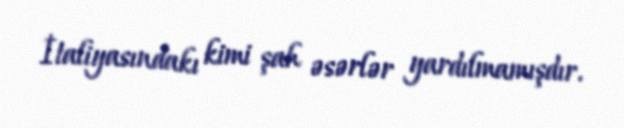
İtaliyasındakı kimi şah əsərlər yardılmamışdır.